Report of the Indian Hemp Drugs Commission, 1894-1895 - Volume VII
Year: 1894
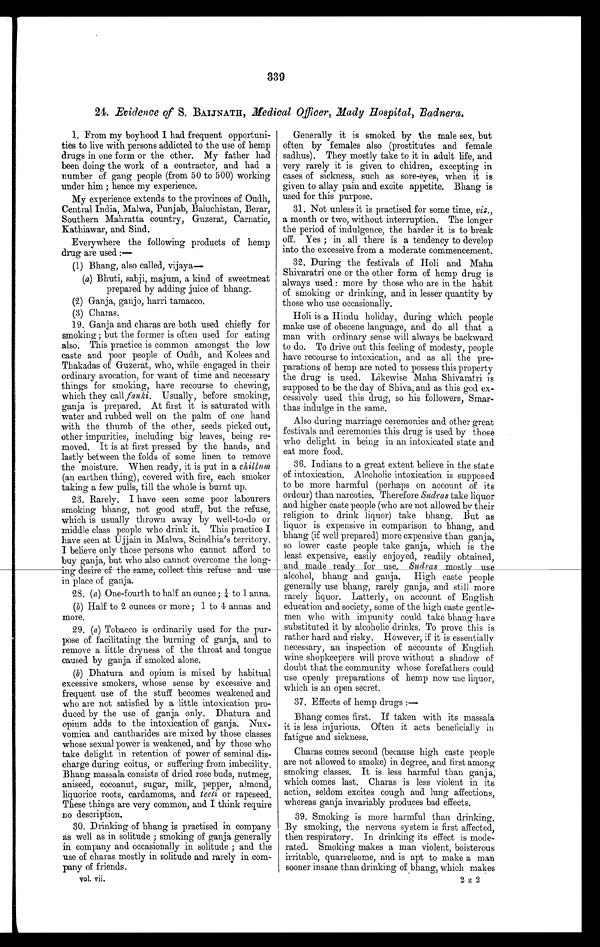
339
24. Evidence of S. BAIJNATH, Medical Officer, Mady Hospital, Badnera.
1. From my boyhood I had frequent opportuni-
ties to live with persons addicted to the use of hemp
drugs in one form or the other. My father had
been doing the work of a contractor, and had a
number of gang people (from 50 to 500) working
under him ; hence my experience.
My experience extends to the provinces of Oudh,
Central India, Malwa, Punjab, Baluchistan, Berar,
Southern Mahratta country, Guzerat, Carnat ic,
Kathiawar, and Sind.
Everywhere the following products of hemp
drug are used :—
(1) Bhang, also called, vijaya
—
(a) Bhuti, sabji, majum, a kind of sweetmeat
prepared by adding juice of bhang.
(2) Ganja, ganjo, harri tamacco.
(3) Charas.
19. Ganja and charas are both used chiefly for
smoking ; but the former is often used for eating
also. This practice is common amongst the low
caste and poor people of Oudh, and Kolees and
Thakadas of Guzerat, who, while engaged in their
ordinary avocation, for want of time and necessary
things for smoking, have recourse to chewing,
which they call fanki. Usually, before smoking,
ganja is prepared. At first it is saturated with
water and rubbed well on the palm of one hand
with the thumb of the other, seeds picked out,
other impurities, including big leaves, being re-
moved. It is at first pressed by the hands, and
lastly between the folds of some linen to remove
the moisture. When ready, it is put in a chillum
(an earthen thing), covered with fire, each smoker
taking a few pulls, till the whole is burnt up.
23. Rarely. I have seen some poor labourers
smoking bhang, not good stuff, but the refuse,
which is usually thrown away by well-to-do or
middle class people who drink it. This practice I
have seen at Ujjain in Malwa, Scindhia's territory.
I believe only those persons who cannot afford to
buy ganja, but who also cannot overcome the long-
ing desire of the same, collet this refuse and use
in place of ganja.
28. ( a ) One-fourth to half an ounce ; ¼ to 1 anna.
(b ) Half to 2 ounces or more ; 1 to 4 minas and
more.
29. (a) Tobacco is ordinarily used for the pur-
pose of facilitating the burning of ganja, and to
remove a little dryness of the throat and tongue
caused. by ganja if smoked alone.
(b) Dhatura and opium is mixed by habitual
excessive smokers, whose sense by excessive and
frequent use of the stuff becomes weakened and.
who are not satisfied by a little intoxication pro-
duced by the use of ganja only. Dhatura and
opium adds to the intoxication of ganja. Nux-
vomica and cantharides are mixed by those classes
whose sexual power is weakened, and by those who
take delight in retention of power of seminal dis-
charge during coitus, or suffering from imbecility.
Bhang massala consists of dried rose buds, nutmeg,
aniseed, cocoanut, sugar, milk, pepper, almond,
liquorice roots, cardamoms, and. teeli or rapeseed.
These things are very common, and I think require
no description.
30. Drinking of bhang is practised in company
as well as in solitude ; smoking of ganja generally
in company and occasionally in solitude ; and the
use of charas mostly in solitude and rarely in com-
pany of friends.
vol. vii.
Generally it is smoked by the male sex, but
often by females also (prostitutes and female
sadhus). They mostly take to it in adult life, and
very rarely it is given to chidren, excepting in
cases of sickness, such as sore-eyes, when it is
given to allay pain and excite appetite. Bhang is
used. for this purpose.
31. Not unless it is practised for some time, viz.,
a month or two, without interruption. The longer
the period of indulgence, the harder it is to break
off. Yes ; in all there is a tendency to develop
into the excessive from a moderate commencement.
32. During the festivals of Holi and Maha
Shivaratri one or the other form of hemp drug is
always used : more by those who are in the habit
of smoking or drinking, and. in lesser quantity by
those who use occasionally.
Holi is a Hindu holiday, during which people
make use of obscene language, and do all that a
man with ordinary sense will always be backward
to do. To drive out this feeling of modesty, people
have recourse to intoxication, and as all die pre-
parations of hemp are noted to possess this property
the drug is used. Likewise Maha Shivaratri is
supposed to be the day of Shiva, and as this god ex-
cessively used this drug, so his followers, Smar-
thas indulge in the same.
Also during marriage ceremonies and other great
festivals and ceremonies this drug is used by those
who delight in being in an intoxicated state and
eat more food.
36. Indians to a great extent believe in the state
of intoxication. Alcoholic intoxication is supposed
to be more harmful (perhaps on account of its
ordour) than narcotics. Therefore Sudras take liquor
and higher caste people (who are not allowed by their
religion to drink liquor) take bhang. But as
liquor is expensive in comparison to bhang, and
bhang (if well prepared) more expensive than ganja,
so lower caste people take ganja, which is the
least expensive, easily enjoyed, readily obtained,
and made ready for use. Sudras
alcohol, bhang and ganja. High caste people
generally use bhang, rarely ganja, and still more
rarely liquor. Latterly, on account of English
education and society, some of the high caste gentle-
men who with impunity could take bhang have
substituted it by alcoholic drinks. To prove this is
rather hard and risky. However, if it is essentially
necessary, an inspection of accounts of English
wine shopkeepers will prove without a shadow of
doubt that the community whose forefathers could
use openly preparations of hemp now use liquor,
which is an open secret.
37. Effects of hemp drugs :
—
Bhang comes first. If taken with its massala
it is less injurious. Often it acts beneficially in
fatigue and sickness.
Charas comes second (because high caste people
are not allowed to smoke) in degree, and first among
smoking classes. It is less harmful than ganja,
which comes last. Charas is less violent in its
action, seldom excites cough and lung affections,
whereas ganja invariably produces bad effects.
39. Smoking is more harmful than drinking.
By smoking, the nervous system is first affected,
then respiratory. In drinking its effect is mode-
rated. Smoking makes a man violent, boisterous
irritable, quarrelsome, and is apt to make a man
sooner insane than drinking of bhang, which makes
2 z 2